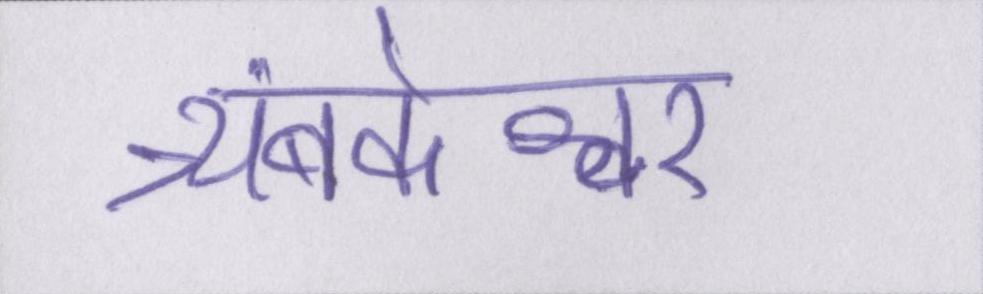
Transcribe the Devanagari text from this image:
त्र्यंबकेश्वर